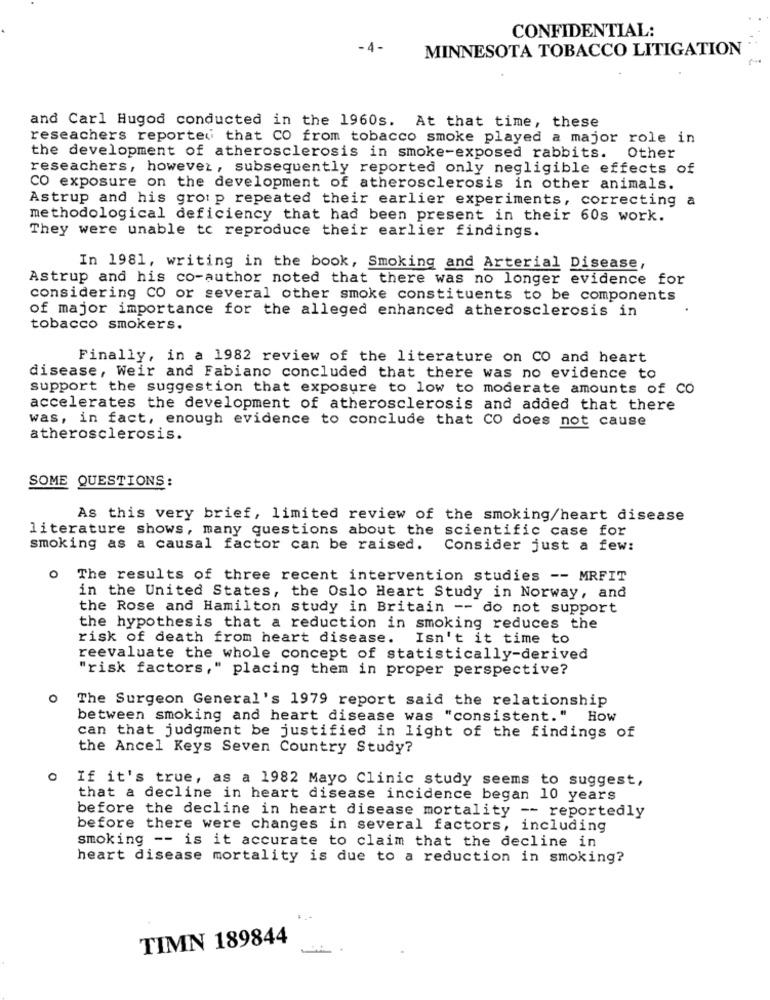
CONFIDENTIAL:
-4 -
MINNESOTA TOBACCO LITIGATION
and Carl Hugod conducted in the 1960s. At that time, these
reseachers reported that CO from tobacco smoke played a major role in
the development of atherosclerosis in smoke-exposed rabbits. Other
reseachers, however, subsequently reported only negligible effects of
CO exposure on the development of atherosclerosis in other animals.
Astrup and his group repeated their earlier experiments, correcting a
methodological deficiency that had been present in their 60s work.
They were unable to reproduce their earlier findings.
In 1981, writing in the book, Smoking and Arterial Disease,
Astrup and his co-author noted that there was no longer evidence for
considering CO or several other smoke constituents to be components
of major importance for the alleged enhanced atherosclerosis in
tobacco smokers.
Finally, in a 1982 review of the literature on CO and heart
disease, Weir and Fabiano concluded that there was no evidence to
support the suggestion that exposure to low to moderate amounts of CO
accelerates the development of atherosclerosis and added that there
was, in fact, enough evidence to conclude that CO does not cause
atherosclerosis.
SOME QUESTIONS:
As this very brief, limited review of the smoking/heart disease
literature shows, many questions about the scientific case for
smoking as a causal factor can be raised.
Consider just a few:
0
The results of three recent intervention studies -- MRFIT
in the United States, the Oslo Heart Study in Norway, and
the Rose and Hamilton study in Britain -- do not support
the hypothesis that a reduction in smoking reduces the
risk of death from heart disease.
Isn't it time to
reevaluate the whole concept of statistically-derived
"risk factors," placing them in proper perspective?
O
The Surgeon General's 1979 report said the relationship
between smoking and heart disease was "consistent." How
can that judgment be justified in light of the findings of
the Ancel Keys Seven Country Study?
0
If it's true, as a 1982 Mayo Clinic study seems to suggest,
that a decline in heart disease incidence began 10 years
before the decline in heart disease mortality -- reportedly
before there were changes in several factors, including
smoking -- is it accurate to claim that the decline in
heart disease mortality is due to a reduction in smoking?
TIMN 189844